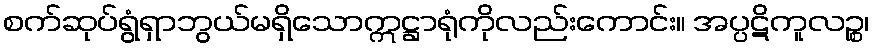
စက်ဆုပ်ရွံရှာဘွယ်မရှိသောဣဋ္ဌာရုံကိုလည်းကောင်း။ အပ္ပဋိကူလဉ္စ၊